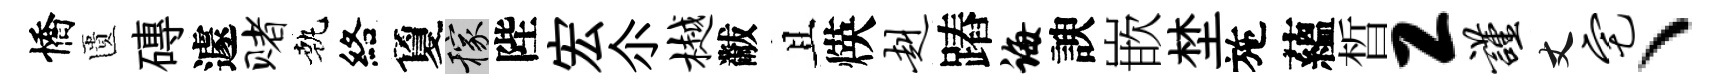
憍匱磚遽赌執絡夐稼陛宏尒樾黻且煐赳蹖诲諛嵌埜施蘊晳工谨丈宅丶